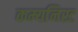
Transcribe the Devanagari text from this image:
कम्यनिस्ट